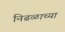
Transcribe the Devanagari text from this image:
निढळाच्या